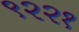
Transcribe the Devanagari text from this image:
९२२१